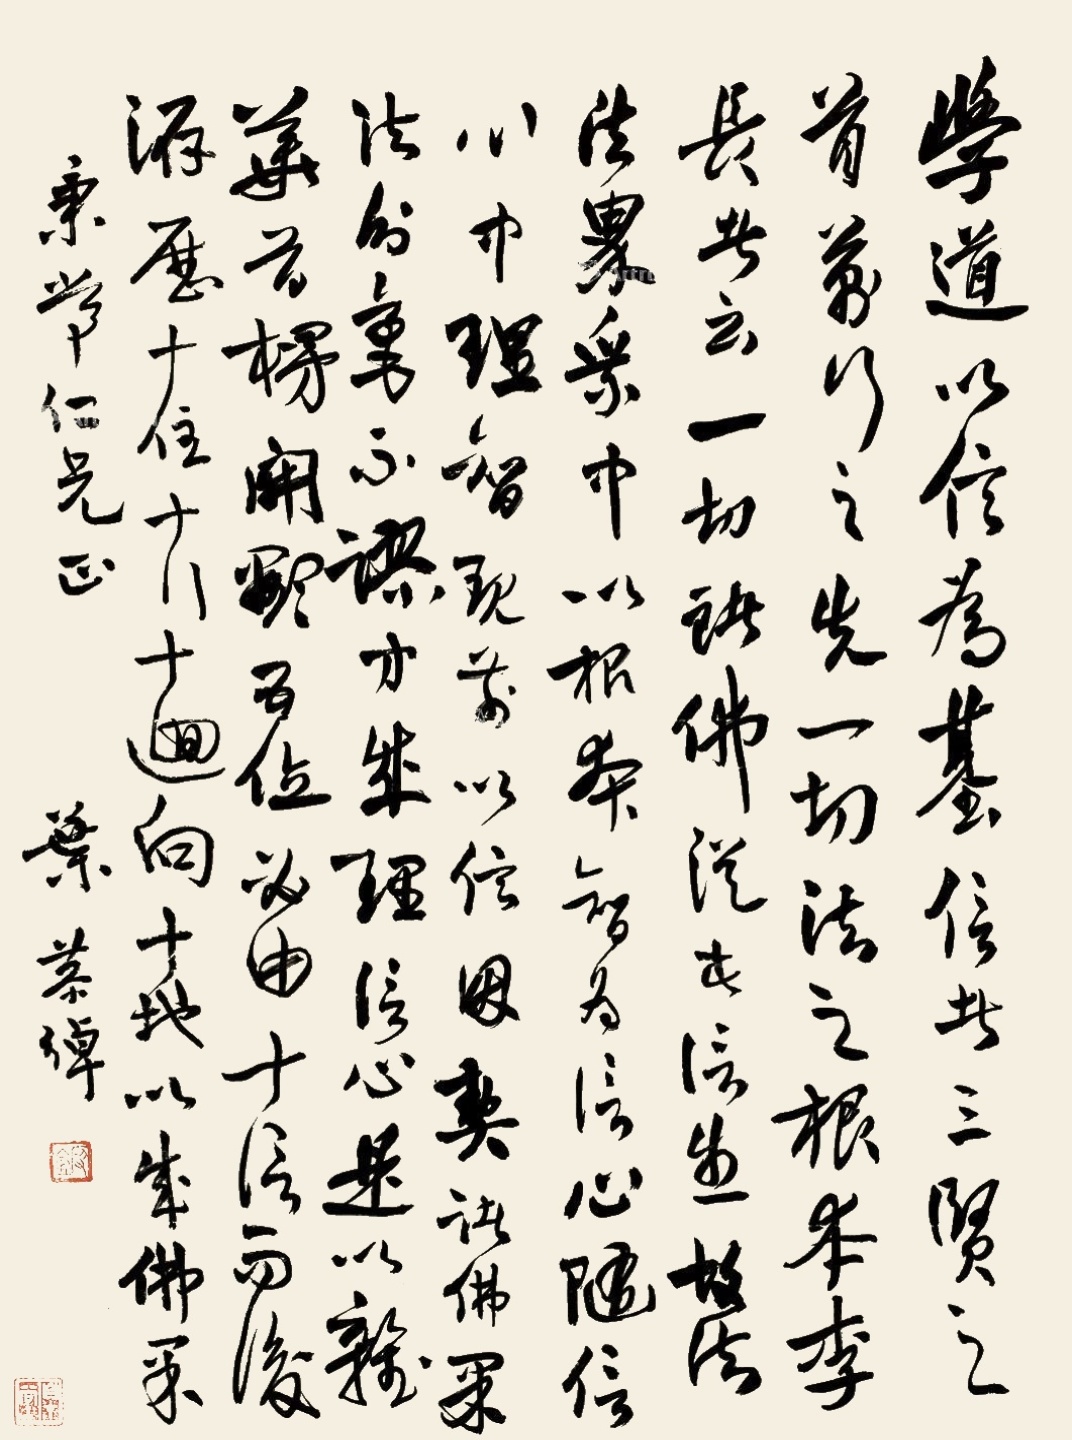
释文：学道以信为基。信者，三贤之首，万行之先，一切法之根本。李长者云：一切诸佛，从此信生，故诸法界乘中，以根本智为信心，随信心中理智现前，以信因契诸佛果法，分毫不谬，方成理信心。是以杂华，首楞，开显五位，必由十信，而后洊历十住，十行，十回向，十地，以成佛果。秉常仁兄正，叶恭绰。